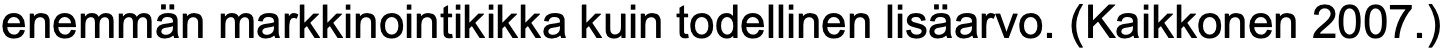
enemmän markkinointikikka kuin todellinen lisäarvo. (Kaikkonen 2007.)